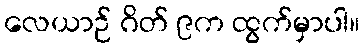
လေယာဉ် ဂိတ် ၉က ထွက်မှာပါ။